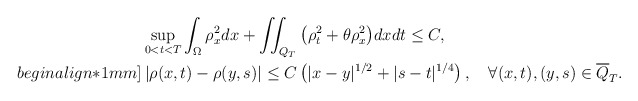
\begin{align*}&\sup\limits_{0<t<T}\int_\Omega\rho_x^2dx+\iint_{Q_T} \big(\rho_t^2+\theta\rho_x^2\big) dxdt\leq C,\\begin{align*}1mm]&\left|\rho(x,t)-\rho(y,s)\right|\leq C\left(|x-y|^{1/2}+|s-t|^{1/4}\right),\quad\forall (x, t), (y, s) \in \overline Q_T.\end{align*}